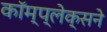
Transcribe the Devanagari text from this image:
कॉम्प्लेक्सने